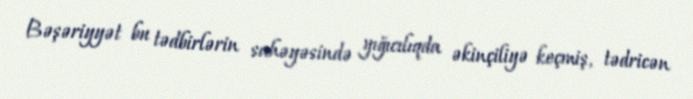
Bəşəriyyət bu tədbirlərin sahəyəsində yığıcılıqda əkinçiliyə keçmiş, tədricən